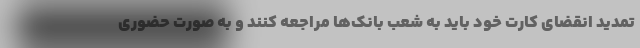
تمدید انقضای کارت خود باید به شعب بانک‌ها مراجعه کنند و به صورت حضوری